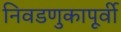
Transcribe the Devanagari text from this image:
निवडणुकापूर्वी